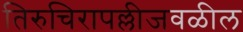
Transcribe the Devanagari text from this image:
तिरुचिरापल्लीजवळील